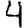
Digit: 4